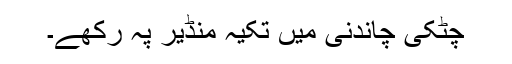
چٹکی چاندنی میں تکیہ منڈیر پہ رکھے۔